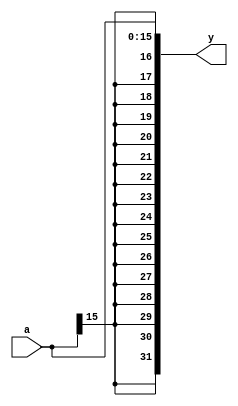
`timescale 1ns / 1ps
//////////////////////////////////////////////////////////////////////////////////
// Company: 
// Engineer: 
// 
// Design Name: 
// Module Name: signext
// Project Name: 
// Target Devices: 
// Tool Versions: 
// Description: 
// 
// Dependencies: 
// 
// Revision:
// Revision 0.01 - File Created
// Additional Comments:
// 
//////////////////////////////////////////////////////////////////////////////////

// sign extension
module signext(
    input [15:0] a,
    output [31:0] y
    );

    assign y = {{16{a[15]}}, a};
endmodule